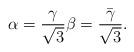
LaTeX: \begin{align*}\alpha = \frac{\gamma}{\sqrt{3}} \beta = \frac{\bar{\gamma}}{\sqrt{3}}.\end{align*}